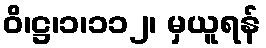
ဝိ၊ဋ္ဌ၊၁၊၁၁၂၊ မှယူရန်